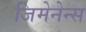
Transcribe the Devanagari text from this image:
जिमेनेन्स